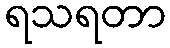
ရသရတာ